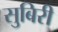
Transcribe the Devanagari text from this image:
सुबिरी